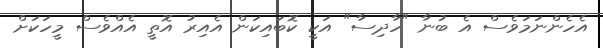
އެހެންނަމަވެސް އެ ބުނާ "ހާދިސާ" އަކީ ކޮބައިކަން އެއިރު އޮތީ އެއްވެސް މީހަކަށް